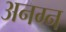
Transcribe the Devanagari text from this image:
अनग्न